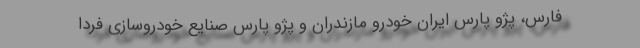
فارس، پژو پارس ایران خودرو مازندران و پژو پارس صنایع خودروسازی فردا